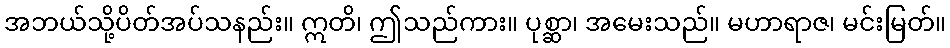
အဘယ်သို့ပိတ်အပ်သနည်း။ ဣတိ၊ ဤသည်ကား။ ပုစ္ဆာ၊ အမေးသည်။ မဟာရာဇ၊ မင်းမြတ်။